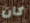
كان